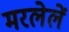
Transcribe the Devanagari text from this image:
मरलेलें